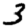
Digit: 3